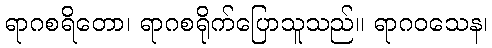
ရာဂစရိတော၊ ရာဂစရိုက်ပြောသူသည်။ ရာဂဝသေန၊